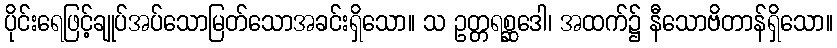
ပိုင်းရေဖြင့်ချုပ်အပ်သောမြတ်သောအခင်းရှိသော။ သ ဥတ္တရစ္ဆဒေါ၊ အထက်၌ နီသောဗိတာန်ရှိသော။